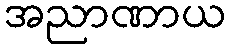
အညာဏာယ